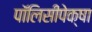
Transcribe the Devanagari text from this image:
पॉलिसीपेक्षा